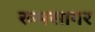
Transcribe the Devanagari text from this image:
रूमसागर